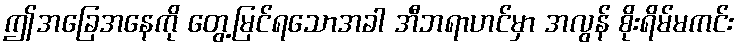
ဤအခြေအနေကို တွေ့မြင်ရသောအခါ အီဘရာဟင်မှာ အလွန် စိုးရိမ်မကင်း